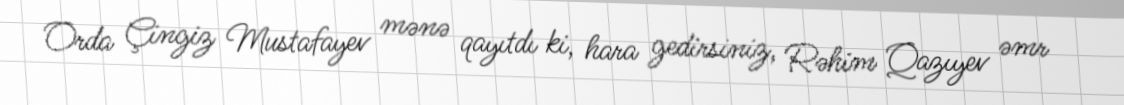
Orda Çingiz Mustafayev mənə qayıtdı ki, hara gedirsiniz, Rəhim Qazıyev əmr